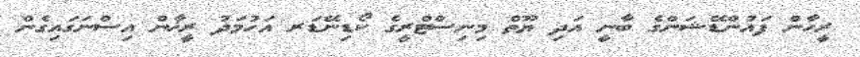
ރީހާން ފައުންޑޭޝަންގެ ބާނީ އަދި ޔޫތް މިނިސްޓްރީގެ ކޯޑިނޭޑަރ އަހުމަދު ރީޚާން އިސްނަގައިގެން